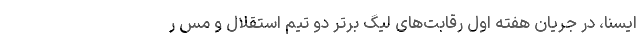
ایسنا، در جریان هفته اول رقابت‌های لیگ برتر دو تیم استقلال و مس ر